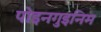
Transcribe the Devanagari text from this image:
पोइनगुइनिम